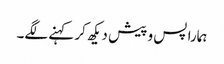
ہمارا پس و پیش دیکھ کر کہنے لگے۔